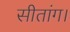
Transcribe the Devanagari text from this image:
सीतांग।